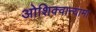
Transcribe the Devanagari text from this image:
ओशिक्वान्यामा